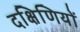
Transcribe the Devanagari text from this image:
दक्षिणियों